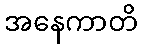
အနေကာတိ